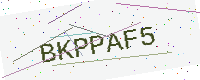
Text: BKPPAF5